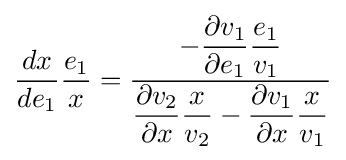
{\frac {dx}{de_{1}}}{\frac {e_{1}}{x}}={\frac {-{\dfrac {\partial v_{1}}{\partial e_{1}}}{\dfrac {e_{1}}{v_{1}}}}{{\dfrac {\partial v_{2}}{\partial x}}{\dfrac {x}{v_{2}}}-{\dfrac {\partial v_{1}}{\partial x}}{\dfrac {x}{v_{1}}}}}